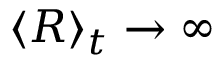
\langle R \rangle _ { t } \to \infty